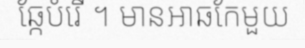
ឆ្កែបំរើ ។ មានអាឆកែមួយ